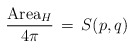
\begin{align*}\frac{\mbox{Area}_H}{4\pi} \, = \, S(p,q)\end{align*}